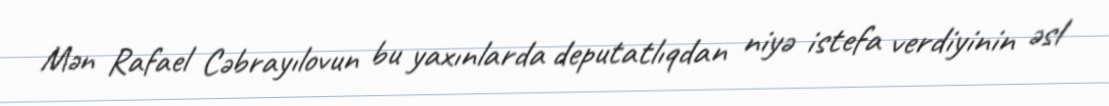
Mən Rafael Cəbrayılovun bu yaxınlarda deputatlıqdan niyə istefa verdiyinin əsl